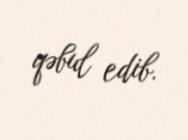
qəbul edib.